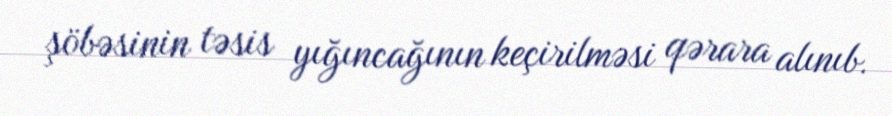
şöbəsinin təsis yığıncağının keçirilməsi qərara alınıb.